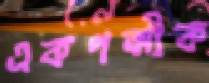
একপত্মীক